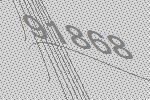
91868